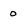
Character: 0